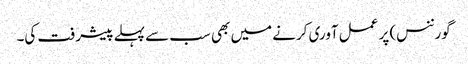
گورننس) پر عمل آوری کرنے میں بھی سب سے پہلے پیشرفت کی۔